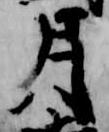
月